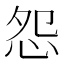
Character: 怨